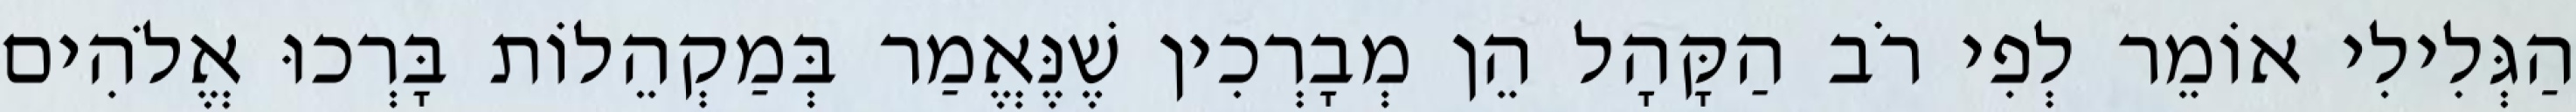
הַגְּלִילִי אוֹמֵר לְפִי רֹב הַקָּהָל הֵן מְבָרְכִין שֶׁנֶּאֱמַר בְּמַקְהֵלוֹת בָּרְכוּ אֱלֹהִים